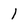
Character: I